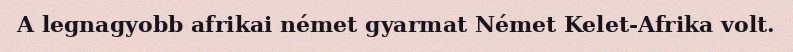
A legnagyobb afrikai német gyarmat Német Kelet-Afrika volt.